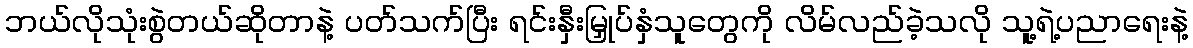
ဘယ်လိုသုံးစွဲတယ်ဆိုတာနဲ့ ပတ်သက်ပြီး ရင်းနှီးမြှုပ်နှံသူတွေကို လိမ်လည်ခဲ့သလို သူ့ရဲ့ပညာရေးနဲ့